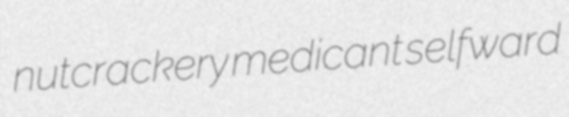
nutcrackery medicant selfward